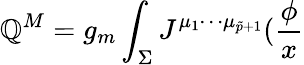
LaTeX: \mathbb{Q}^{M}=g_{m}\int_{\Sigma}J^{\mu_{1}\cdots\mu_{\tilde{{p}}+1}}(\frac{\phi}{x}